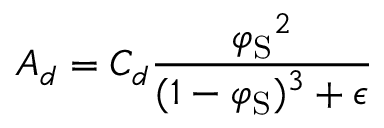
A _ { d } = C _ { d } \frac { \displaystyle { \varphi _ { \mathrm { { S } } } } ^ { 2 } } { \displaystyle ( 1 - \varphi _ { \mathrm { { S } } } ) ^ { 3 } + \epsilon }